NAE_ERA_R-2362_Emakeele_Selts, lk 23
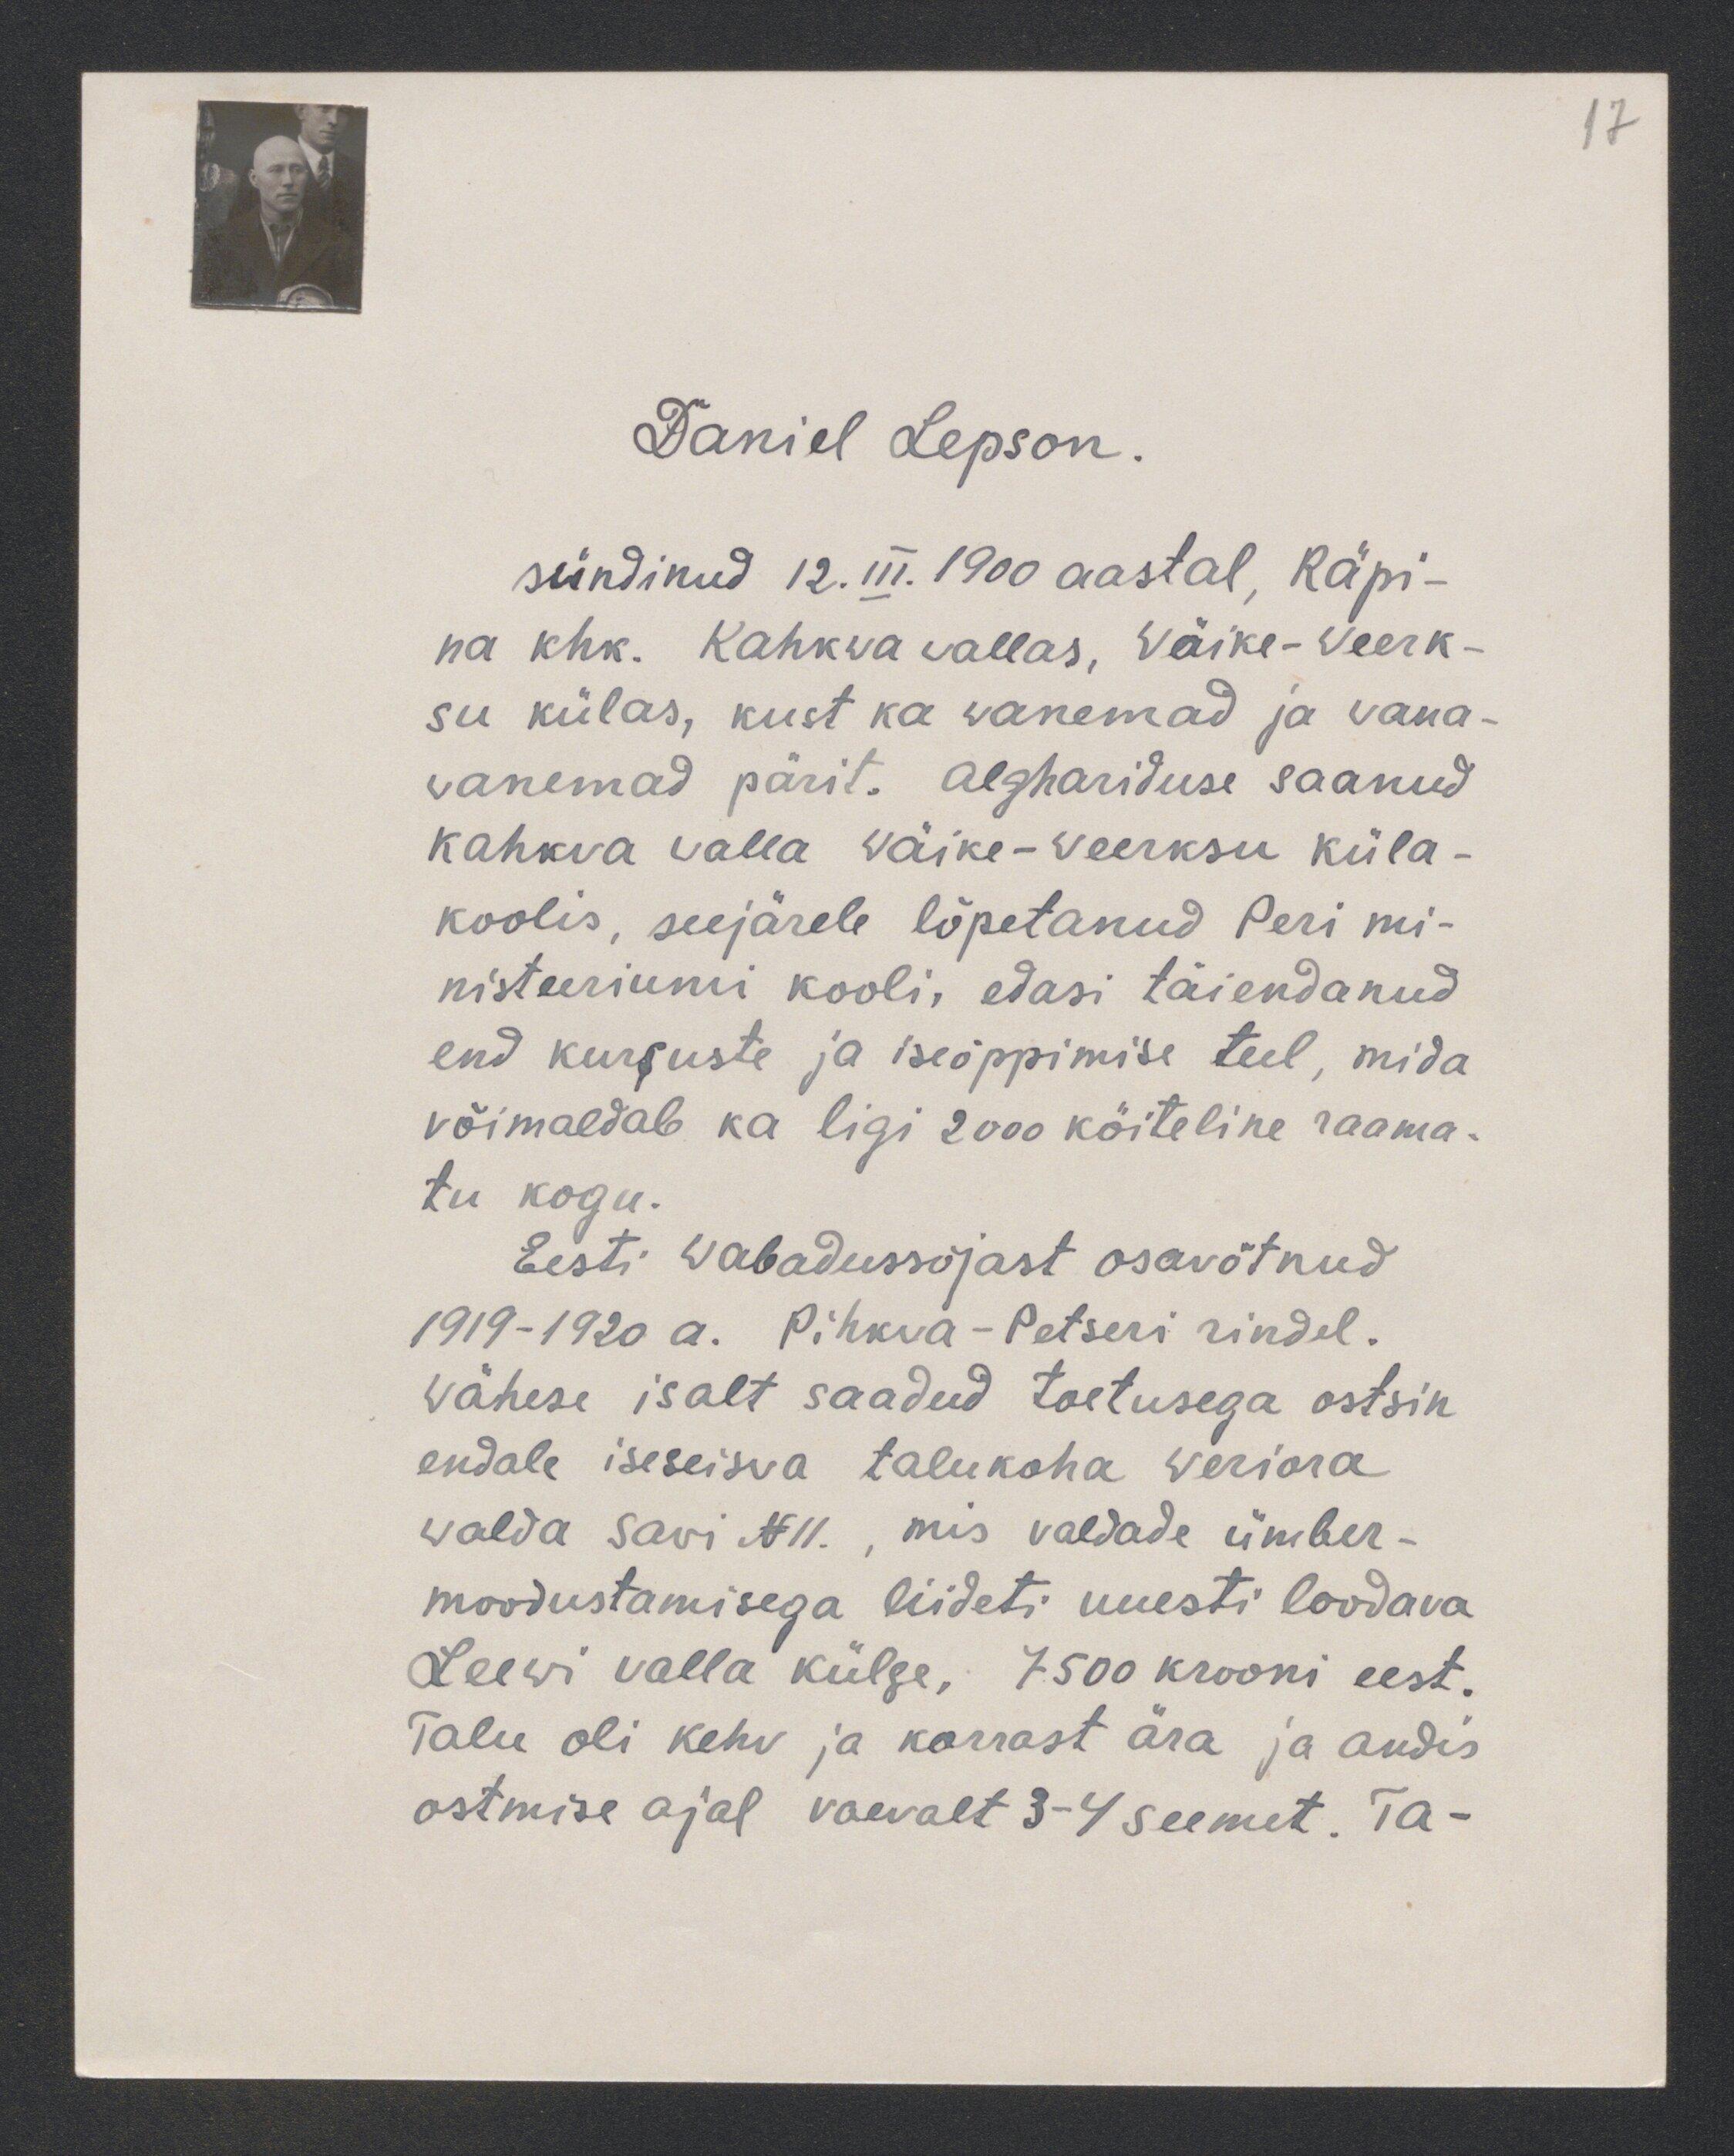
17

Daniel Lepson.
sündinud 12.III. 1900 aastal, Räpi-
na khk. Kahkva vallas, Wäike-Weerk-
su külas, kust ka wanemad ja wana-
vanemad pärit. Alghariduse saanud
kahkwa walla Wäike-Weerksu küla-
koolis, seejärele lõpetanud Peri mi-
nisteeriumi kooli, edasi täiendanud
end kursuste ja iseõppimise teel, mida
võimaedab ka ligi 2000 köiteline raama-
tu kogu.
Eesti Wabadussõjast osavõtnud
1919-1920 a. Pihkva-Petseri rindel.
wähese isalt saadud toetusega ostsin
endale iseseisva talukoha weriora
walda Savi No11., mis valdade ümber-
moodustamisega liideti uuesti loodava
Leewi valla külge, 7500 krooni eest.
Talu oli kehv ja korrast ära ja andis
ostmise ajal vaevalt 3-4 seemet. Ta-